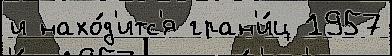
и нахо́д'итс'я гран'и́ц 1957